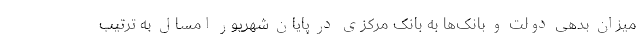
میزان بدهی دولت و بانک‌ها به بانک مرکزی در پایان شهریور امسال به ترتیب